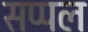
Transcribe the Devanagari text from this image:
सप्पल